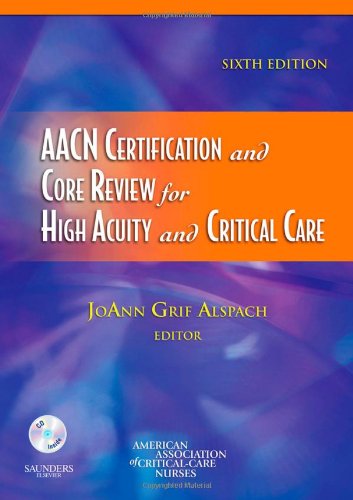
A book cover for AACN Certification and Core Review for High Acuity and Critical Care, 6e (Alspach, AACN Certification and Core Review for High Acuity and Critical Care); AACN; Test Preparation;